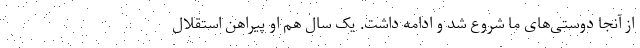
از آنجا دوستی‌های ما شروع شد و ادامه داشت. یک سال هم او پیراهن استقلال